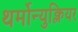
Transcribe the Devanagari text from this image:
थर्मोन्युक्लियर